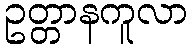
ဥတ္တာနကူလာ